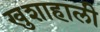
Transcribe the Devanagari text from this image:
खुशाहाली